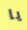
يا